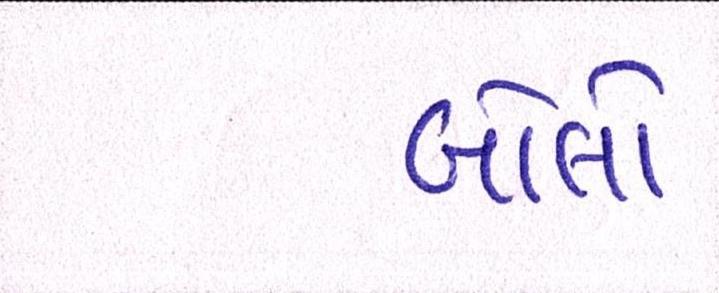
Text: બોલો